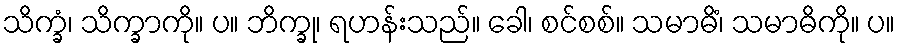
သိက္ခံ၊ သိက္ခာကို။ ပ။ ဘိက္ခု၊ ရဟန်းသည်။ ခေါ၊ စင်စစ်။ သမာဓိံ၊ သမာဓိကို။ ပ။